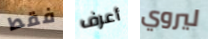
فقط أعرف ليروي